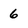
Character: 6